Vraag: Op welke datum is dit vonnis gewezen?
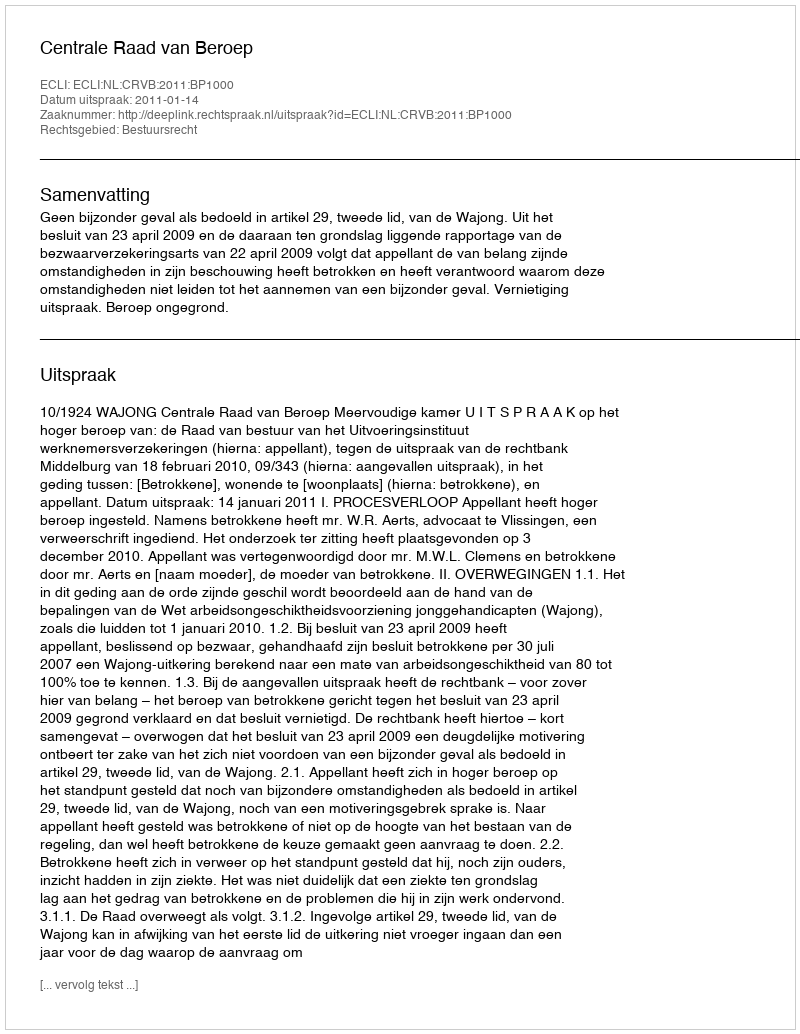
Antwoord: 2011-01-14